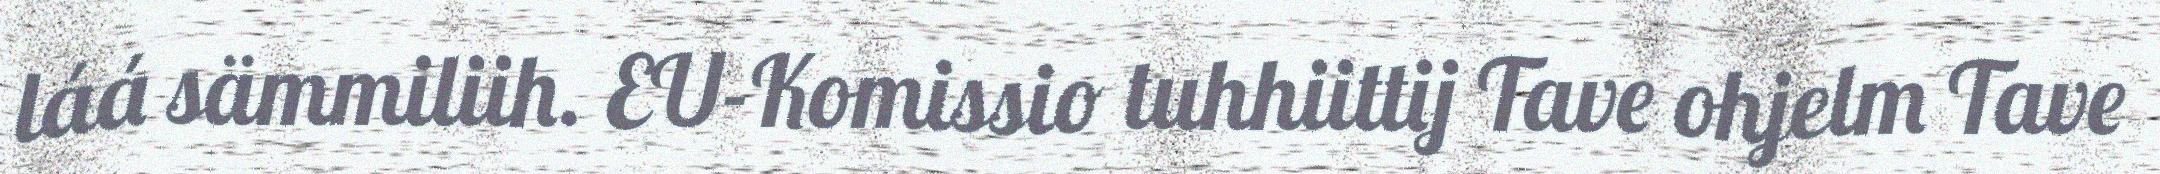
láá sämmiliih. EU-Komissio tuhhiittij Tave ohjelm Tave